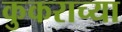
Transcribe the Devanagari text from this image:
कुकराच्या